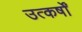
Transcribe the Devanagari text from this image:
उत्कर्षों